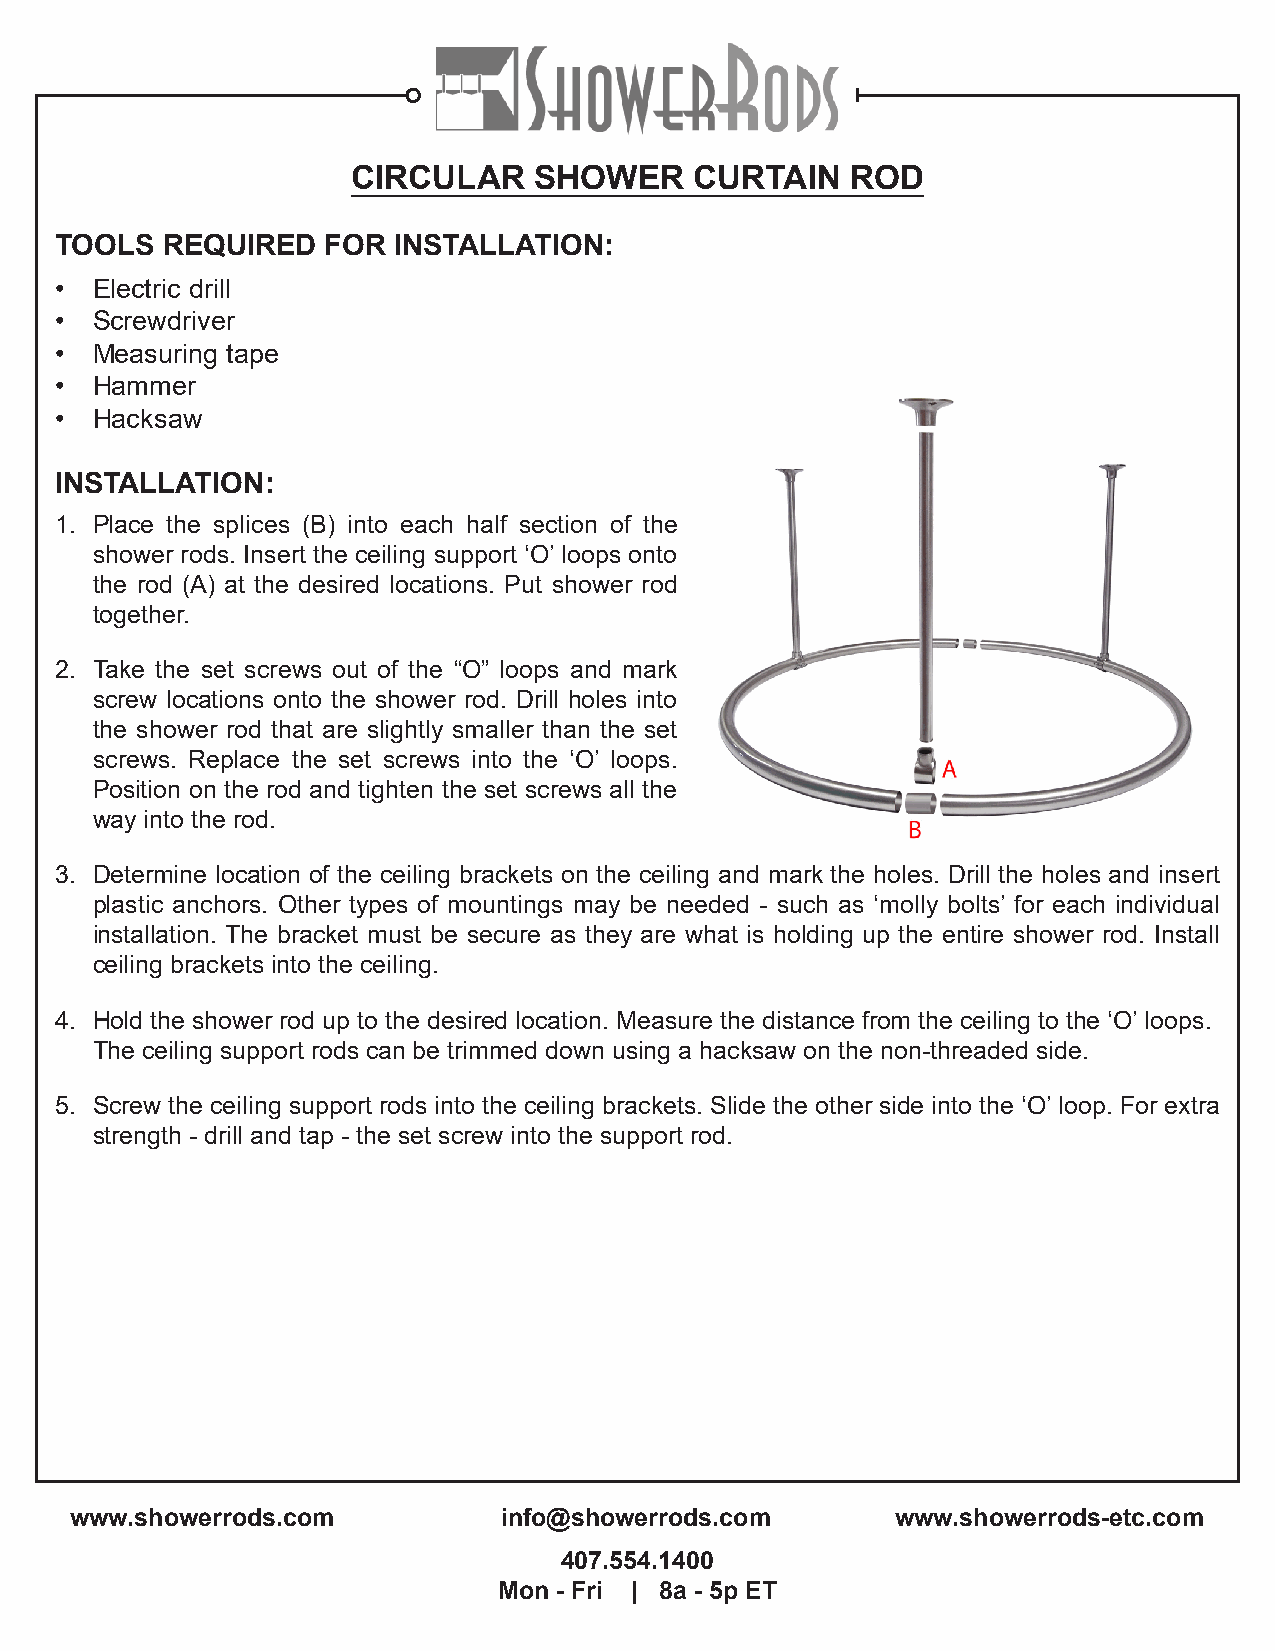
CIRCULAR    SHOWER     CURTAIN   ROD
 TOOLS  REQUIRED   FOR INSTALLATION:
 • Electric drill
 • Screwdriver
 • Measuring tape
 • Hammer
 • Hacksaw
 INSTALLATION:
 1. Place the splices (B) into each half section of the
 shower rods. Insert the ceiling support ‘O’ loops onto
 the rod (A) at the desired locations. Put shower rod
 together.
 2. Take the set screws out of the “O” loops and mark
 screw locations onto the shower rod. Drill holes into
 the shower rod that are slightly smaller than the set
 screws. Replace the set screws into the ‘O’ loops.
 Position on the rod and tighten the set screws all the
 way into the rod.
 3. Determine location of the ceiling brackets on the ceiling and mark the holes. Drill the holes and insert
 plastic anchors. Other types of mountings may be needed - such as ‘molly bolts’ for each individual
 installation. The bracket must be secure as they are what is holding up the entire shower rod. Install
 ceiling brackets into the ceiling.
 4. Hold the shower rod up to the desired location. Measure the distance from the ceiling to the ‘O’ loops.
 The ceiling support rods can be trimmed down using a hacksaw on the non-threaded side.
 5. Screw the ceiling support rods into the ceiling brackets. Slide the other side into the ‘O’ loop. For extra
 strength - drill and tap - the set screw into the support rod.
 www.showerrods.com          info@showerrods.com       www.showerrods-etc.com
 407.554.1400
 Mon - Fri | 8a - 5p ET